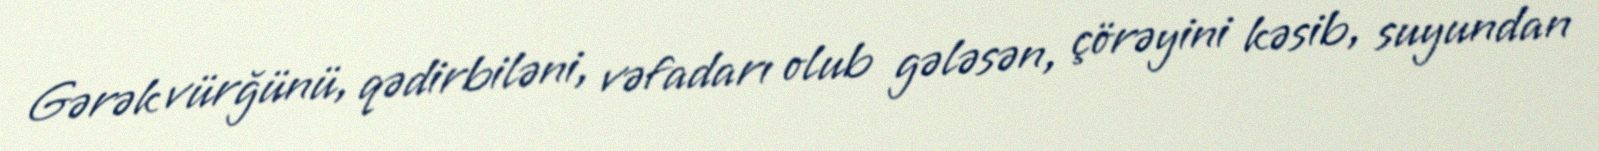
Gərək vürğünü, qədirbiləni, vəfadarı olub gələsən, çörəyini kəsib, suyundan